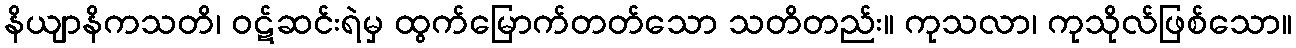
နိယျာနိကသတိ၊ ဝဋ်ဆင်းရဲမှ ထွက်မြောက်တတ်သော သတိတည်း။ ကုသလာ၊ ကုသိုလ်ဖြစ်သော။